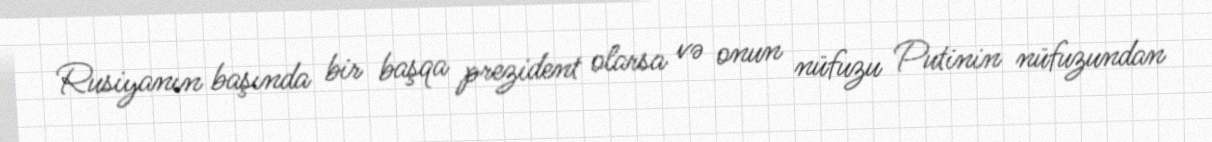
Rusiyanın başında bir başqa prezident olarsa və onun nüfuzu Putinin nüfuzundan